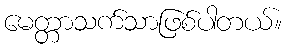
မေတ္တာသက်သာဖြစ်ပါတယ်။